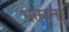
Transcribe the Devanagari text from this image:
भक्तानां